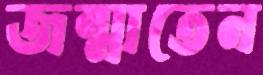
জন্মাতেন